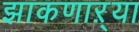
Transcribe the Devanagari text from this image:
झाकणाऱ्या